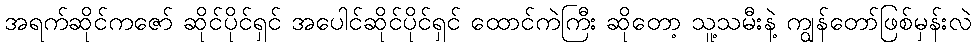
အရက်ဆိုင်ကဇော် ဆိုင်ပိုင်ရှင် အပေါင်ဆိုင်ပိုင်ရှင် ထောင်ကဲကြီး ဆိုတော့ သူ့သမီးနဲ့ ကျွန်တော်ဖြစ်မှန်းလဲ